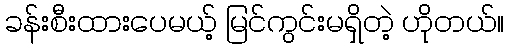
ခန်းစီးထားပေမယ့် မြင်ကွင်းမရှိတဲ့ ဟိုတယ်။